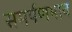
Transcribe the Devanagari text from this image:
समर्पणभाव